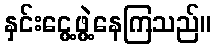
နှင်းငွေ့ဖွဲ့နေကြသည်။